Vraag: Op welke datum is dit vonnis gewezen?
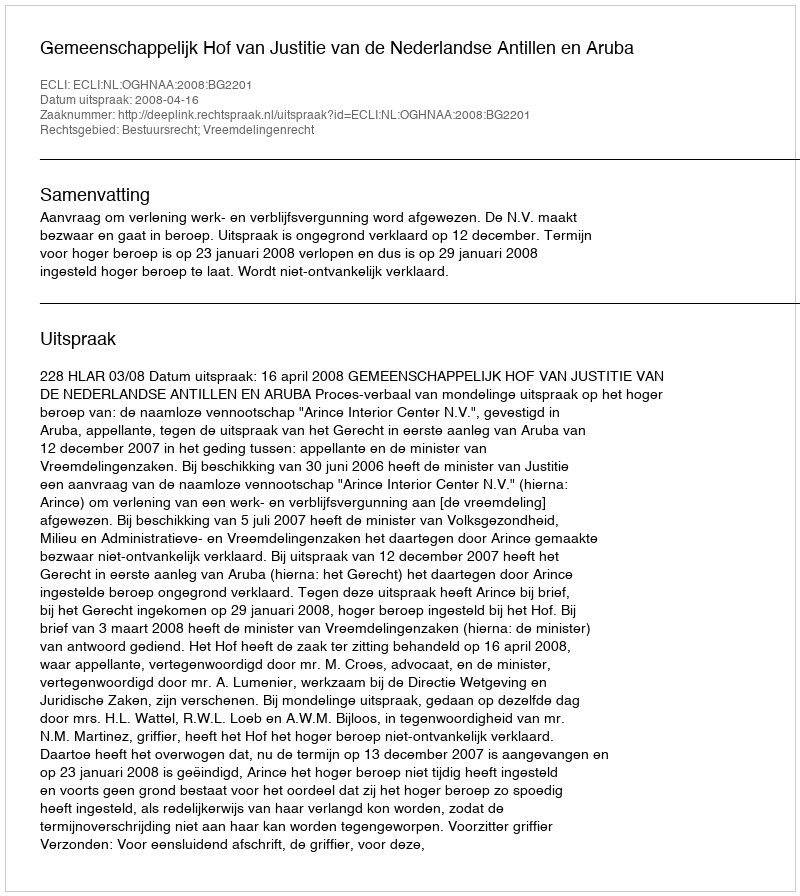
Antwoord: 2008-04-16